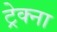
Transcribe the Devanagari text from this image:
ट्रेक्ना